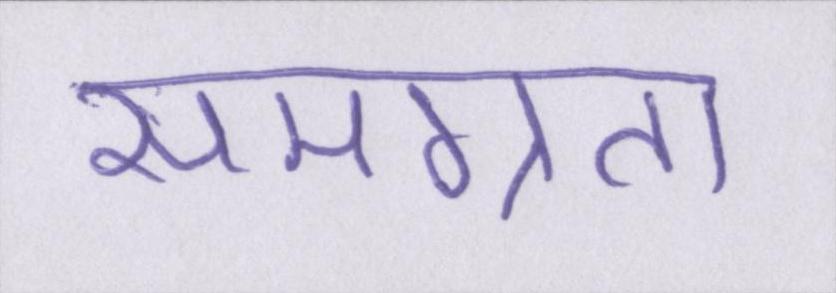
समग्रता